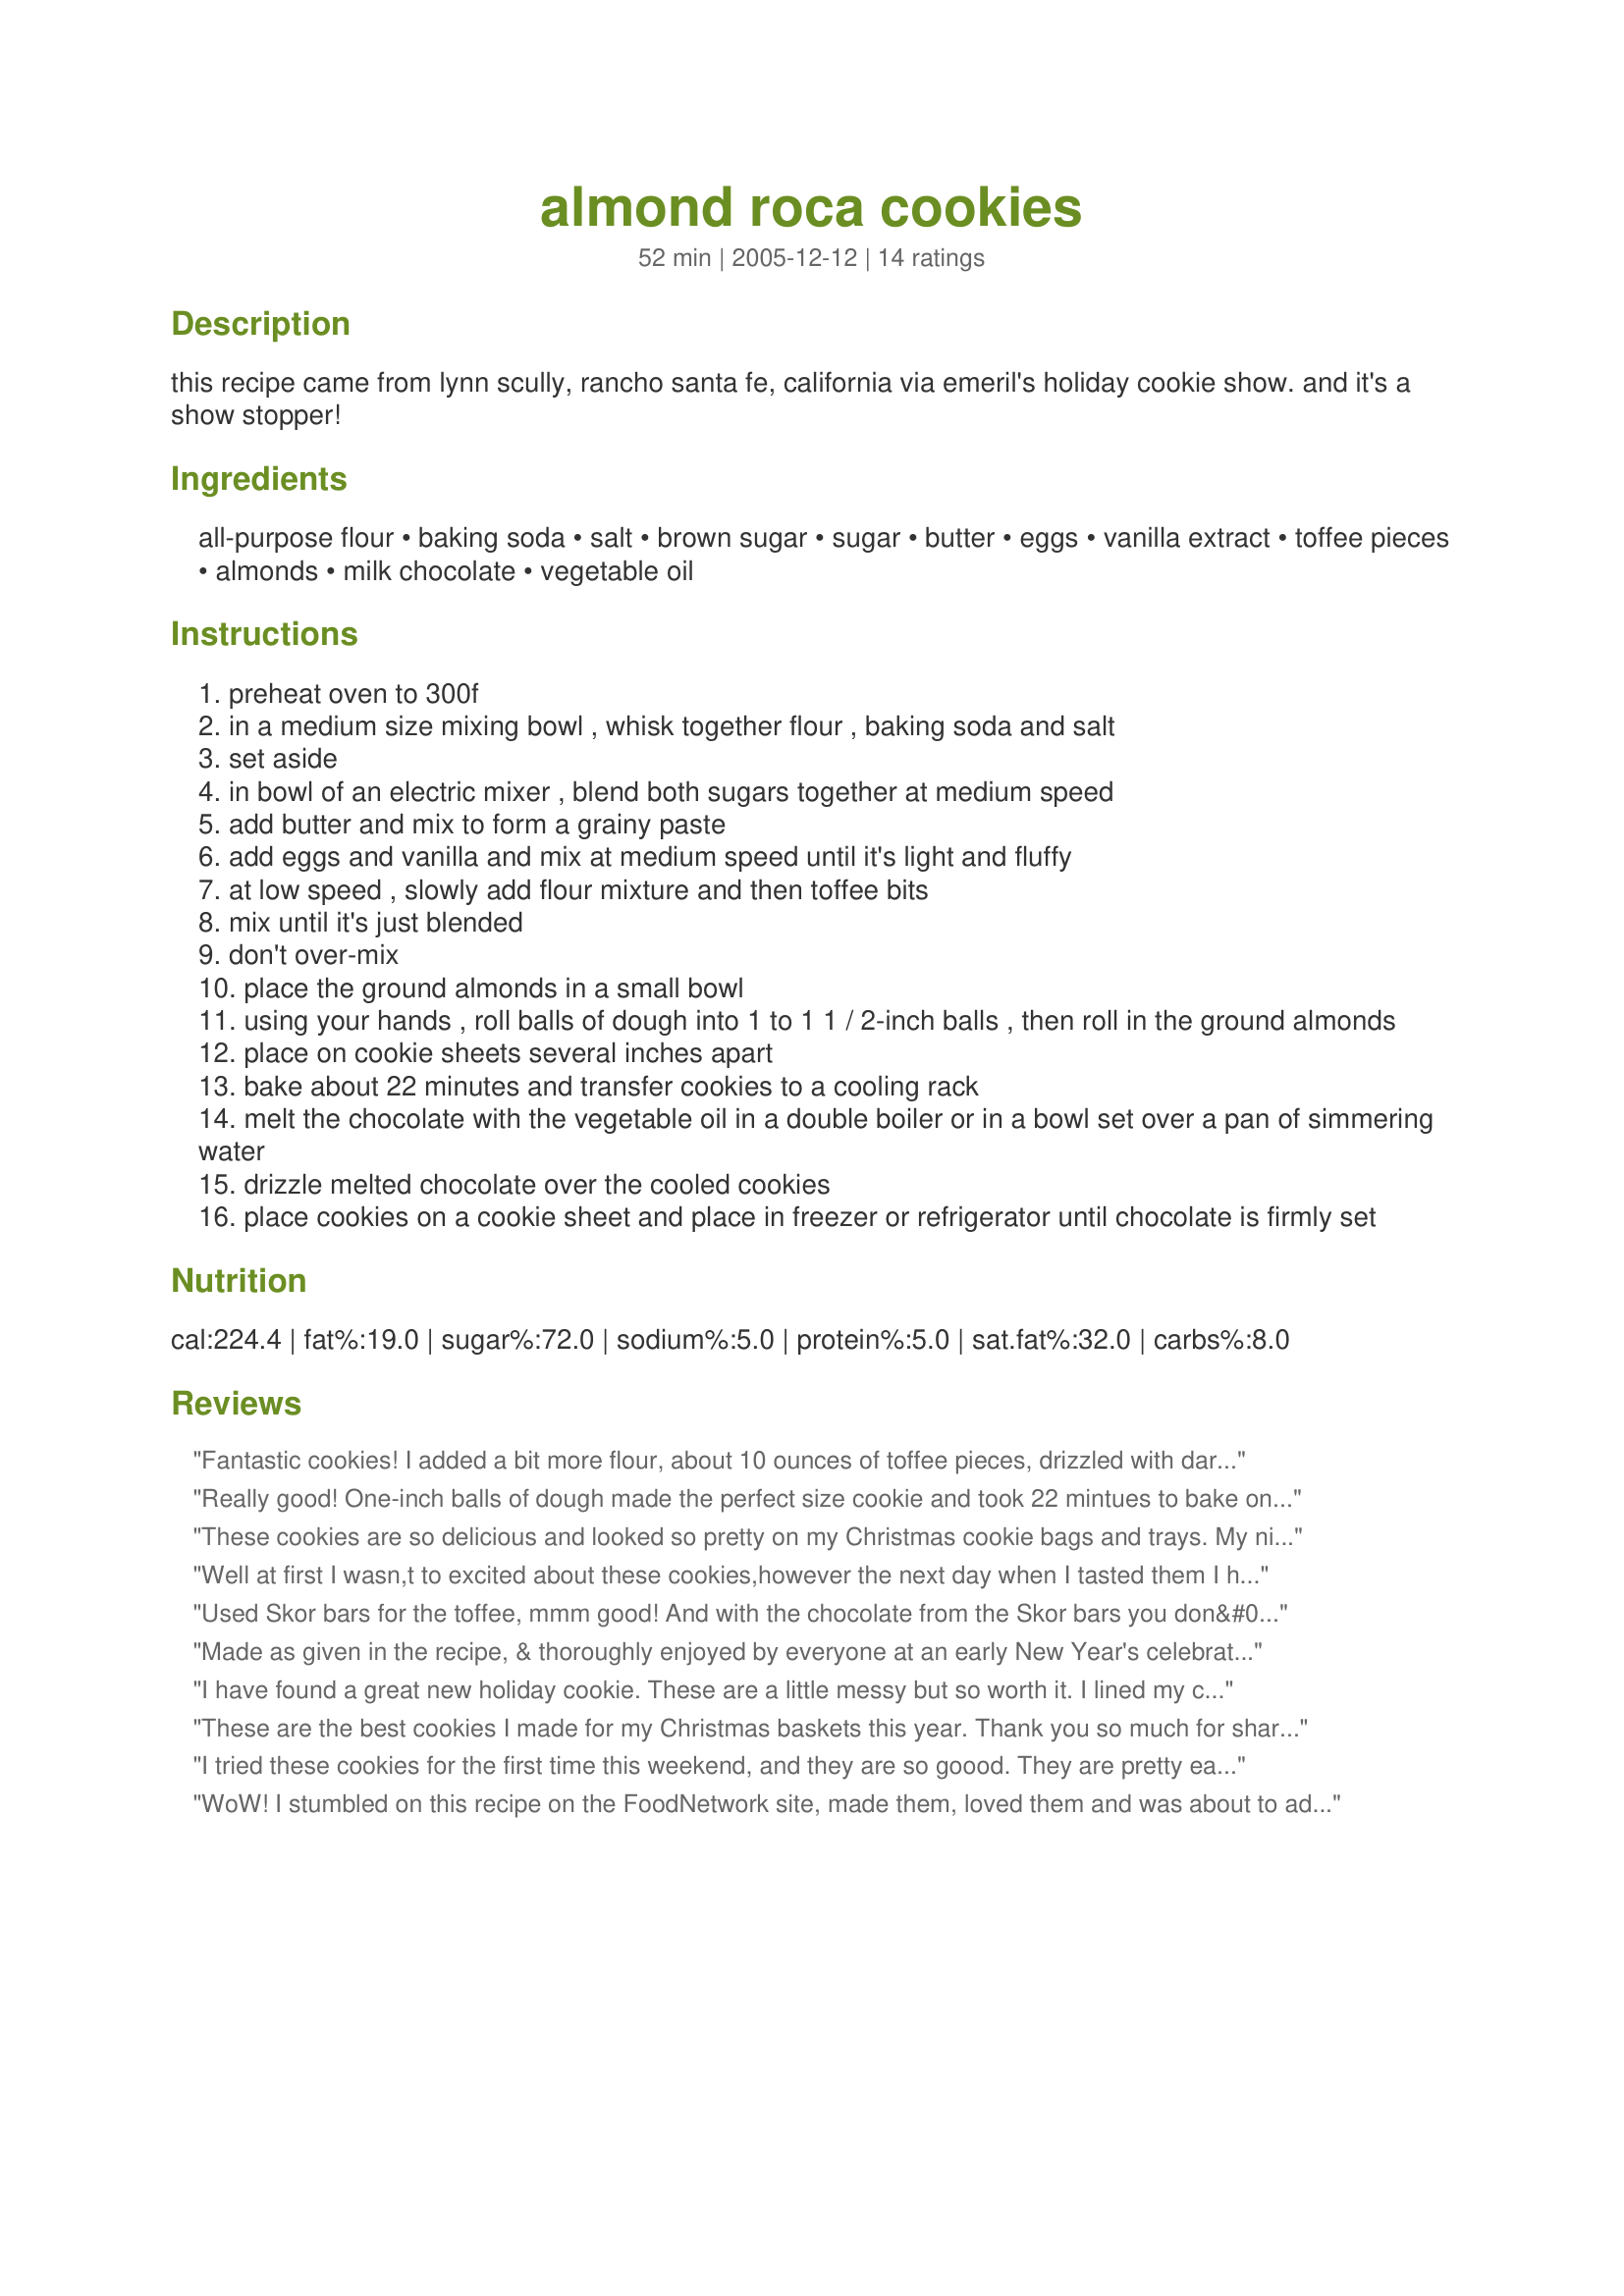
almond roca cookies
Preparation time: 52 minutes

this recipe came from lynn scully, rancho santa fe, california via emeril's holiday cookie show. and it's a show stopper!

Ingredients:
all-purpose flour, baking soda, salt, brown sugar, sugar, butter, eggs, vanilla extract, toffee pieces, almonds, milk chocolate, vegetable oil

Steps:
preheat oven to 300f
in a medium size mixing bowl , whisk together flour , baking soda and salt
set aside
in bowl of an electric mixer , blend both sugars together at medium speed
add butter and mix to form a grainy paste
add eggs and vanilla and mix at medium speed until it's light and fluffy
at low speed , slowly add flour mixture and then toffee bits
mix until it's just blended
don't over-mix
place the ground almonds in a small bowl
using your hands , roll balls of dough into 1 to 1 1 / 2-inch balls , then roll in the ground almonds
place on cookie sheets several inches apart
bake about 22 minutes and transfer cookies to a cooling rack
melt the chocolate with the vegetable oil in a double boiler or in a bowl set over a pan of simmering water
drizzle melted chocolate over the cooled cookies
place cookies on a cookie sheet and place in freezer or refrigerator until chocolate is firmly set

Reviews:
Fantastic cookies! I added a bit more flour, about 10 ounces of toffee pieces, drizzled with dark chocolate that had 1/2 tablespoon of shortening. Baked 15 cookies per cookie sheet. Brought them to a Holiday party and received many compliments. They never made it to the freezer.
Really good! One-inch balls of dough made the perfect size cookie and took 22 mintues to bake one tray at a time. I really liked the almonds...next time I will try sprinkling some extra on top of each dough ball before baking.
These cookies are so delicious and looked so pretty on my Christmas cookie bags and trays. My nieces and nephews couldn't leave them alone, and they were one of the first to go. I can see these being very popular with everyone, and they are one of my new favorites! This is a new addition to my holiday baking from now on!
Well at first I wasn,t to excited about these cookies,however the next day when I tasted them I had a major change of heart.I nibbled on 1 and than poured a glasses of milk and proceeded to gobble down 3 of these babies!!!! At my cookie exchange these were all the rave,and everyone wanted the recipe.I freeze them in a ziplock and take them out as needed.Ithen melt the chocolate chips and drizzle it on.It sets up instantly since they are so cold,this way I have fresh cookies for my guests as they arrive. I plan on making these whenever a wonderful cookie is called for.THANX
Used Skor bars for the toffee, mmm good! And with the chocolate from the Skor bars you don&#039;t need to drizzle more chocolate on top. Good thing, given my microwave was on the fritz so no way to melt the chocolate.
Made as given in the recipe, & thoroughly enjoyed by everyone at an early New Year's celebration (several days ago, that is)! AND, another cookie that is worth freezing & enjoying later, & that's especially great for those of us who might otherwise eat 'em all ourselves before they have a chance to cool completely! Thanks for sharing! [Tagged & made in Please Review My Recipe]
I have found a great new holiday cookie. These are a little messy but so worth it. I lined my cookie sheets with parchment paper. Make sure that you leave plenty of space between them as they do spread and make cookies that are slightly crisp on the edges and chewy in the center. I cooked my cookies for 25 minutes. The cookies are quite soft when removing from the oven therefore I would suggest allowing them to cool for several minutes to firm up before attempting the transfer to the cooling racks. The only change I made was with the drizzling chocolate, I used shortening with the chocolate instead of oil. I made these into 1 inch balls and got 38 delicious cookies.
These are the best cookies I made for my Christmas baskets this year. Thank you so much for sharing Sharon. All my friends loved these cookies the best...and whats not to like, they were crisp and so flavorful. They were as good to eat as they looked. Really easy to make, with great results. These will be in my next years rotation also. :)
I tried these cookies for the first time this weekend, and they are so goood. They are pretty easy to assemble, and I baked them on parchment paper lined cookie sheets (highly recommend). They only took around 15 minutes to bake, and I ended up with a little more than 4 dozen. Maybe I made them smaller and that's why I had more with less cooking time. I drizzled them with milk chocolate, and I think they would be good also with either white or dark chocolate. They look as good as they taste. I will be making this recipes many more times in the future. Thanks for sharing.
WoW! I stumbled on this recipe on the FoodNetwork site, made them, loved them and was about to add this recipe here @ Zaar cause I didn't want to risk losing and lo and behold it was here! Thanks for posting these little cookies are AMAZING!!!!!! The men in my family just about made themselves sick- next time I think I will use dark chocolate just cause it is so pretty and I like the taste on really sweet things.
WOW! I saw this on Emeril's and I had to try it. A new holiday favorite. These take forever to make because I only baked 6 at a time but so worth it! I had to use more ground almonds, and I used 6 oz. of milk chocolate chips. I made all the cookies, and later I spread all cookies out on the table and drizzled. The centers are so soft and chewy. Definitely worth the time involved! Hubby said they taste like a Heath bar just not as hard. I'll have to hide a few in the freezer.8-)
Excellant recipe! This made alot of good cookies, all nice and chewy, without being hard or tough. I doubled this and used 24 ounces of chocolate toffee bits rather than drizzle them with chocolate. Lazy, but effective!
These are the best cookies! I had to make them after watching Emeril make them for his prize winning cookie recipes. I wasn't surprised that they had already been posted here. One thing for sure, if the dough is a little sticky after mixing ... just add a little more flour to the mixture. Should be able to roll in the palm of your hand like a meatball. Be sure to place them at least 2" apart because they do spread. One of my favorite cookies during the holidays. Thanks for posting. It's in my cookie cookbook to stay! ~V
These are fantastic!!! I haven't added the chocolate drizzle yet...but with or without they are amazing! when my family first tried them, their eyes bulged out of their heads and exclaimed, "Oh My, These are REALLY GOOD!" (I have a big family, and their reactions were all exactly the same :). That's saying something!)....So, Thank you for sharing this wonderful recipe. It will be a holiday staple from now on.
